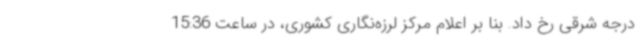
درجه شرقی رخ داد. بنا بر اعلام مرکز لرزه‌نگاری کشوری، در ساعت 15:36